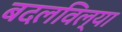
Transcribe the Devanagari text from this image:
बदलविल्या